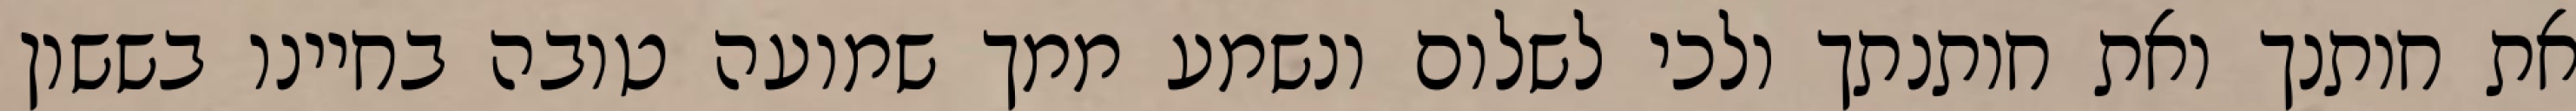
את חותנך ואת חותנתך ולכי לשלום ונשמע ממך שמועה טובה בחיינו בששון